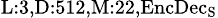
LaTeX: _{\textrm{L}:3,\textrm{D}:512,\textrm{M}:22,\textrm{EncDec}_{\textrm{S}}}